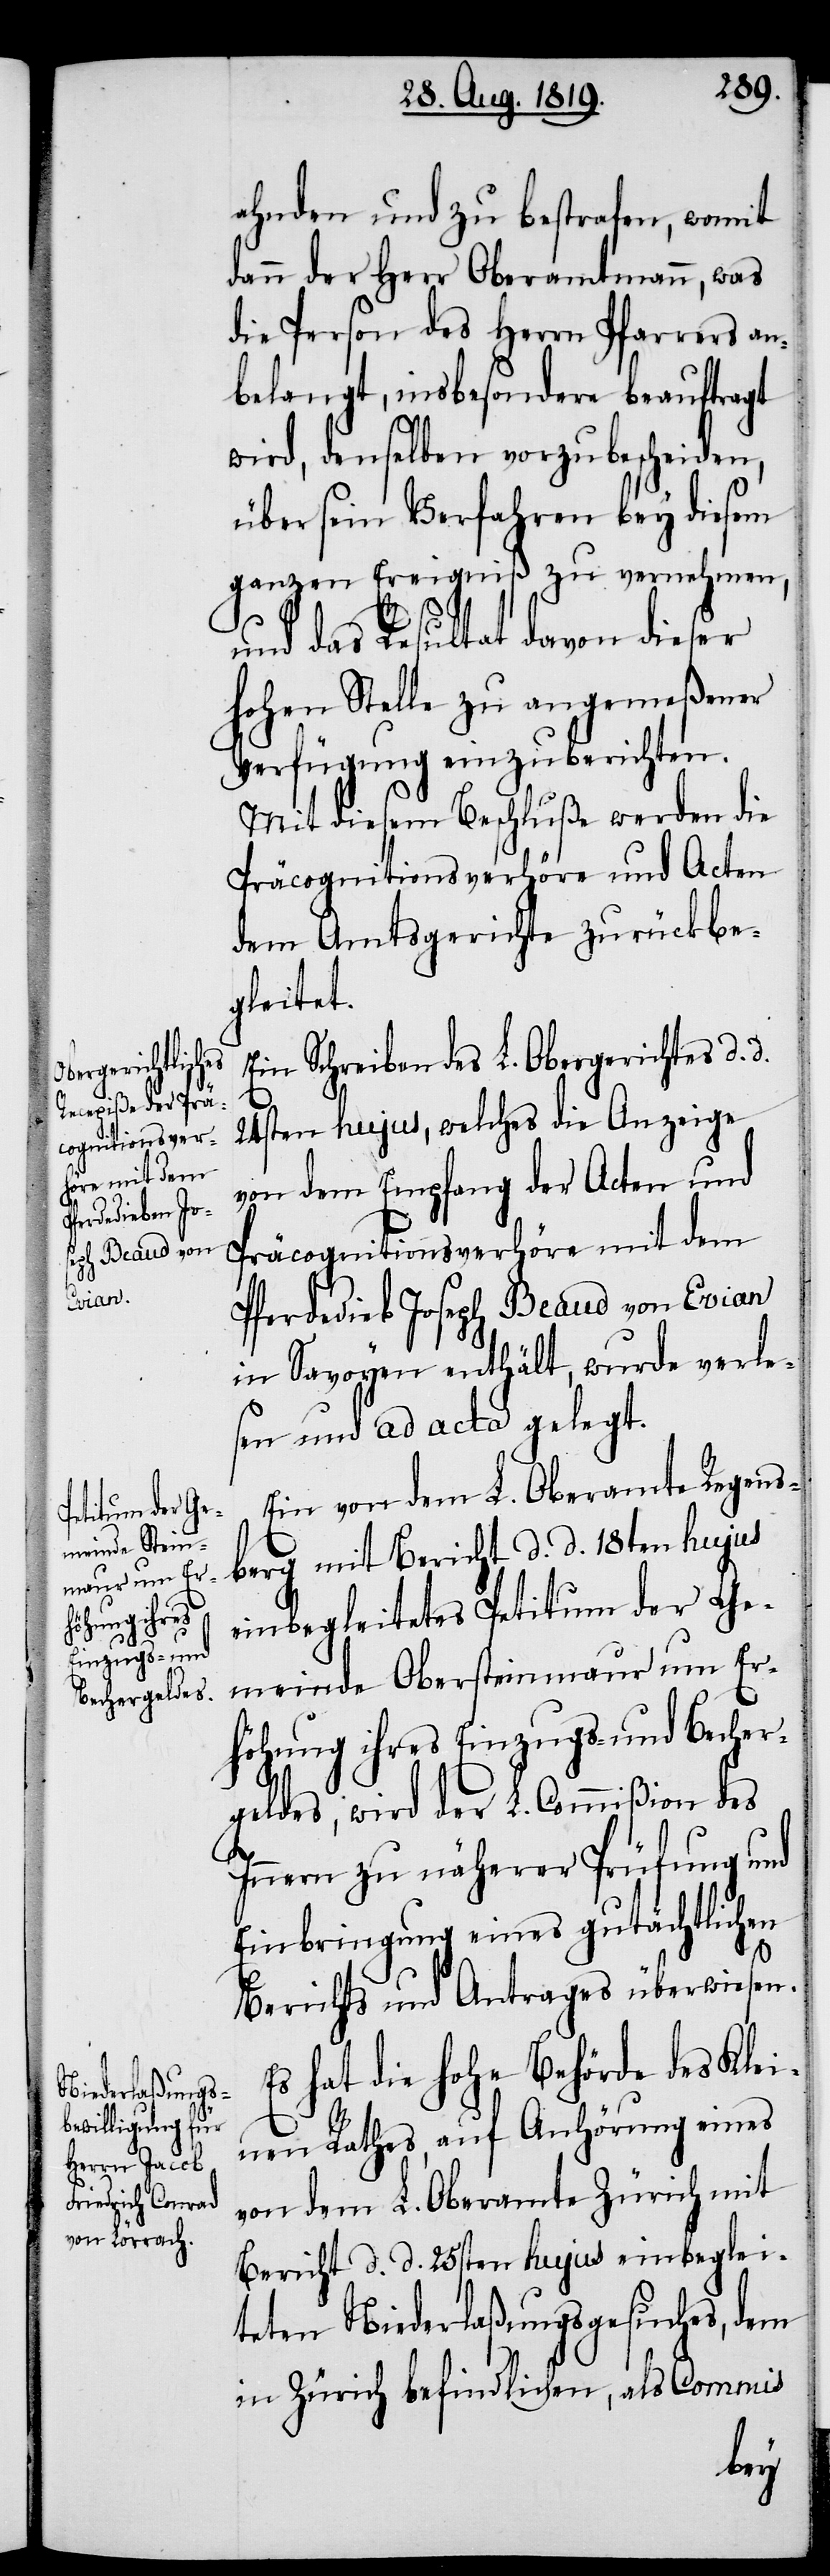
ahnden und zu bestrafen, womit
dann der Herr Oberamtmann, was
die Person des Herrn Pfarrers an¬
belangt, insbesondere beauftragt
wird, denselben vorzubescheiden,
über sein Verfahren bey diesem
ganzen Ereigniß zu vernehmen,
und das Resultat davon dieser
hohen Stelle zu angemeßener
Verfügung einzuberichten.
Mit diesem Beschluße werden die
Präcognitionsverhöre und Acten
dem Amtsgerichte zurückbe¬
gleitet.
Ein Schreiben des L. Obergerichtes d. d.
24sten hujus, welches die Anzeige
von dem Empfang der Acten und
Präcognitionsverhöre mit dem
Pferdedieb Joseph Beaud von Evian
in Savoyen enthält, wurde verle¬
sen und ad acta gelegt.
Ein von dem L. Oberamte Regens¬
berg mit Bericht d. d. 18ten hujus
einbegleitetes Petitum der Ge¬
meinde Obersteinmaur um Er¬
höhung ihres Einzugs- und Becher¬
geldes, wird der L. Commißion des
Innern zu näherer Prüfung und
Einbringung eines gutächtlichen
Berichts und Antrages überwiesen.
Es hat die hohe Behörde des Klei¬
nen Rathes, auf Anhörung eines
von dem L. Oberamte Zürich mit
Bericht d. d. 25sten hujus einbeglei¬
teten Niederlaßungsgesuches, dem
in Zürich befindlichen, als Commis